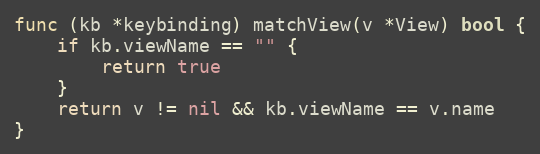
Language: Go
func (kb *keybinding) matchView(v *View) bool {
	if kb.viewName == "" {
		return true
	}
	return v != nil && kb.viewName == v.name
}